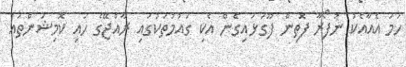
ހަމަ އެއާއެކު ނުފޯރާ ފޮތިން ފޫގަޅައިގެން އެކި ގައުމުތަކުގައި ރާއްޖޭގެ ހައި ކޮމިޝަންތައް